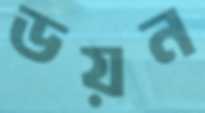
ডয়ন